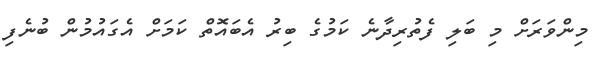
މިންވަރަށް މި ބަލި ފެތުރިދާނެ ކަމުގެ ބިރު އެބައޮތް ކަމަށް އެގައުމުން ބުނެފި